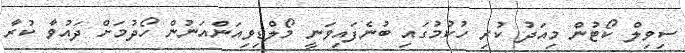
ސިވިލް ކޯޓުން މިއަދު ކުރި ހުކުމުގައި ބުނެފައިވަނީ މޯލްޑިވިއަންއަނުން ހޯދުމަށް ދައުވާ ކުރާ